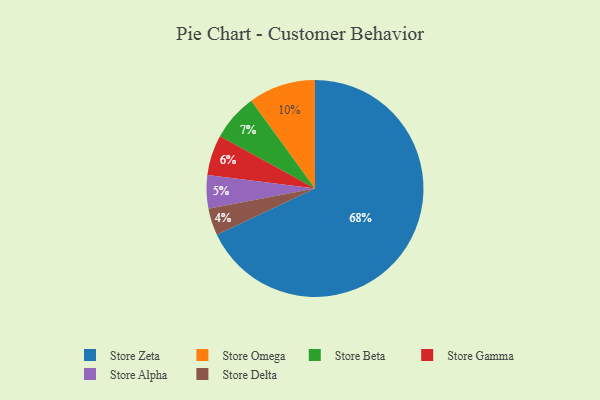
{"axis": {"x": "Category", "y": "Percentage"}, "legend": ["Store Alpha", "Store Beta", "Store Delta", "Store Gamma", "Store Omega", "Store Zeta"], "data": [{"x": "Store Alpha", "y": 5, "type": "Store Alpha"}, {"x": "Store Delta", "y": 4, "type": "Store Delta"}, {"x": "Store Beta", "y": 7, "type": "Store Beta"}, {"x": "Store Zeta", "y": 68, "type": "Store Zeta"}, {"x": "Store Omega", "y": 10, "type": "Store Omega"}, {"x": "Store Gamma", "y": 6, "type": "Store Gamma"}]}